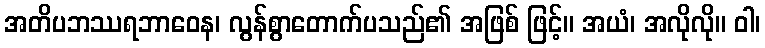
အတိပဘဿရဘာဝေန၊ လွန်စွာတောက်ပသည်၏ အဖြစ် ဖြင့်။ အယံ၊ အလိုလို။ ဝါ၊